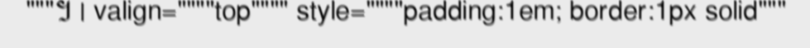
"""។ | valign=""""top"""" style=""""padding:1em; border:1px solid"""